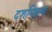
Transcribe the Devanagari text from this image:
दशमिष्ठस्य